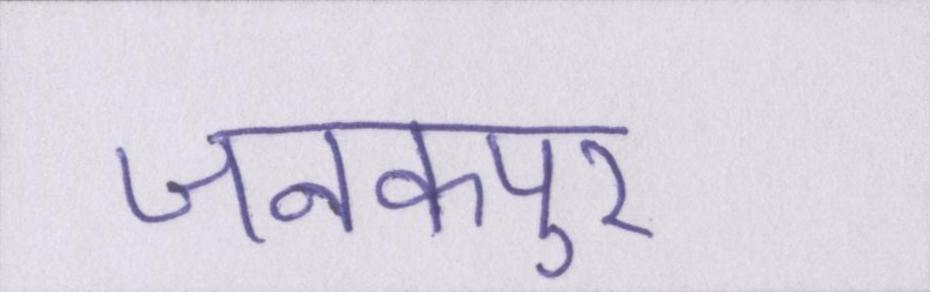
जनकपुर